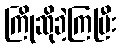
ကြိုဆိုခဲ့ကြပြီး